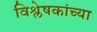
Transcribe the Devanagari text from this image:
विश्लेषकांच्या